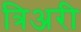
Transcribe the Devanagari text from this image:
त्रिअरी